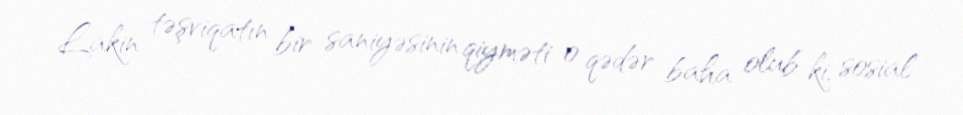
Lakin təşviqatın bir saniyəsinin qiyməti o qədər baha olub ki, sosial